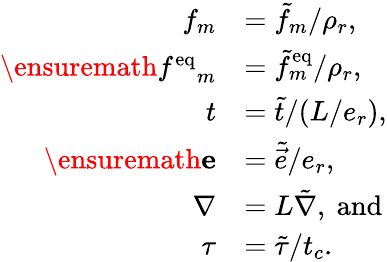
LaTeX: \begin{array}{rl}{f_{m}}&{=\tilde{f}_{m}/\rho_{r},}\\ {\ensuremath{f^{\mathrm{eq}}}_{m}}&{=\tilde{f}_{m}^{\mathrm{{eq}}}/\rho_{r},}\\ {t}&{=\tilde{t}/(L/e_{r}),}\\ {\ensuremath{\mathbf{e}}}&{=\tilde{\vec{e}}/e_{r},}\\ {\nabla}&{=L\tilde{\nabla},\mathrm{~and}}\\ {\tau}&{=\tilde{\tau}/t_{c}.}\end{array}